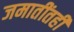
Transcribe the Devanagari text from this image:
जमातींतही